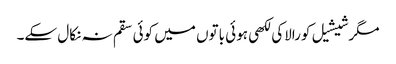
مگرشیشیل کورالاکی لکھی ہوئی باتوں میں کوئی سقم نہ نکال سکے۔